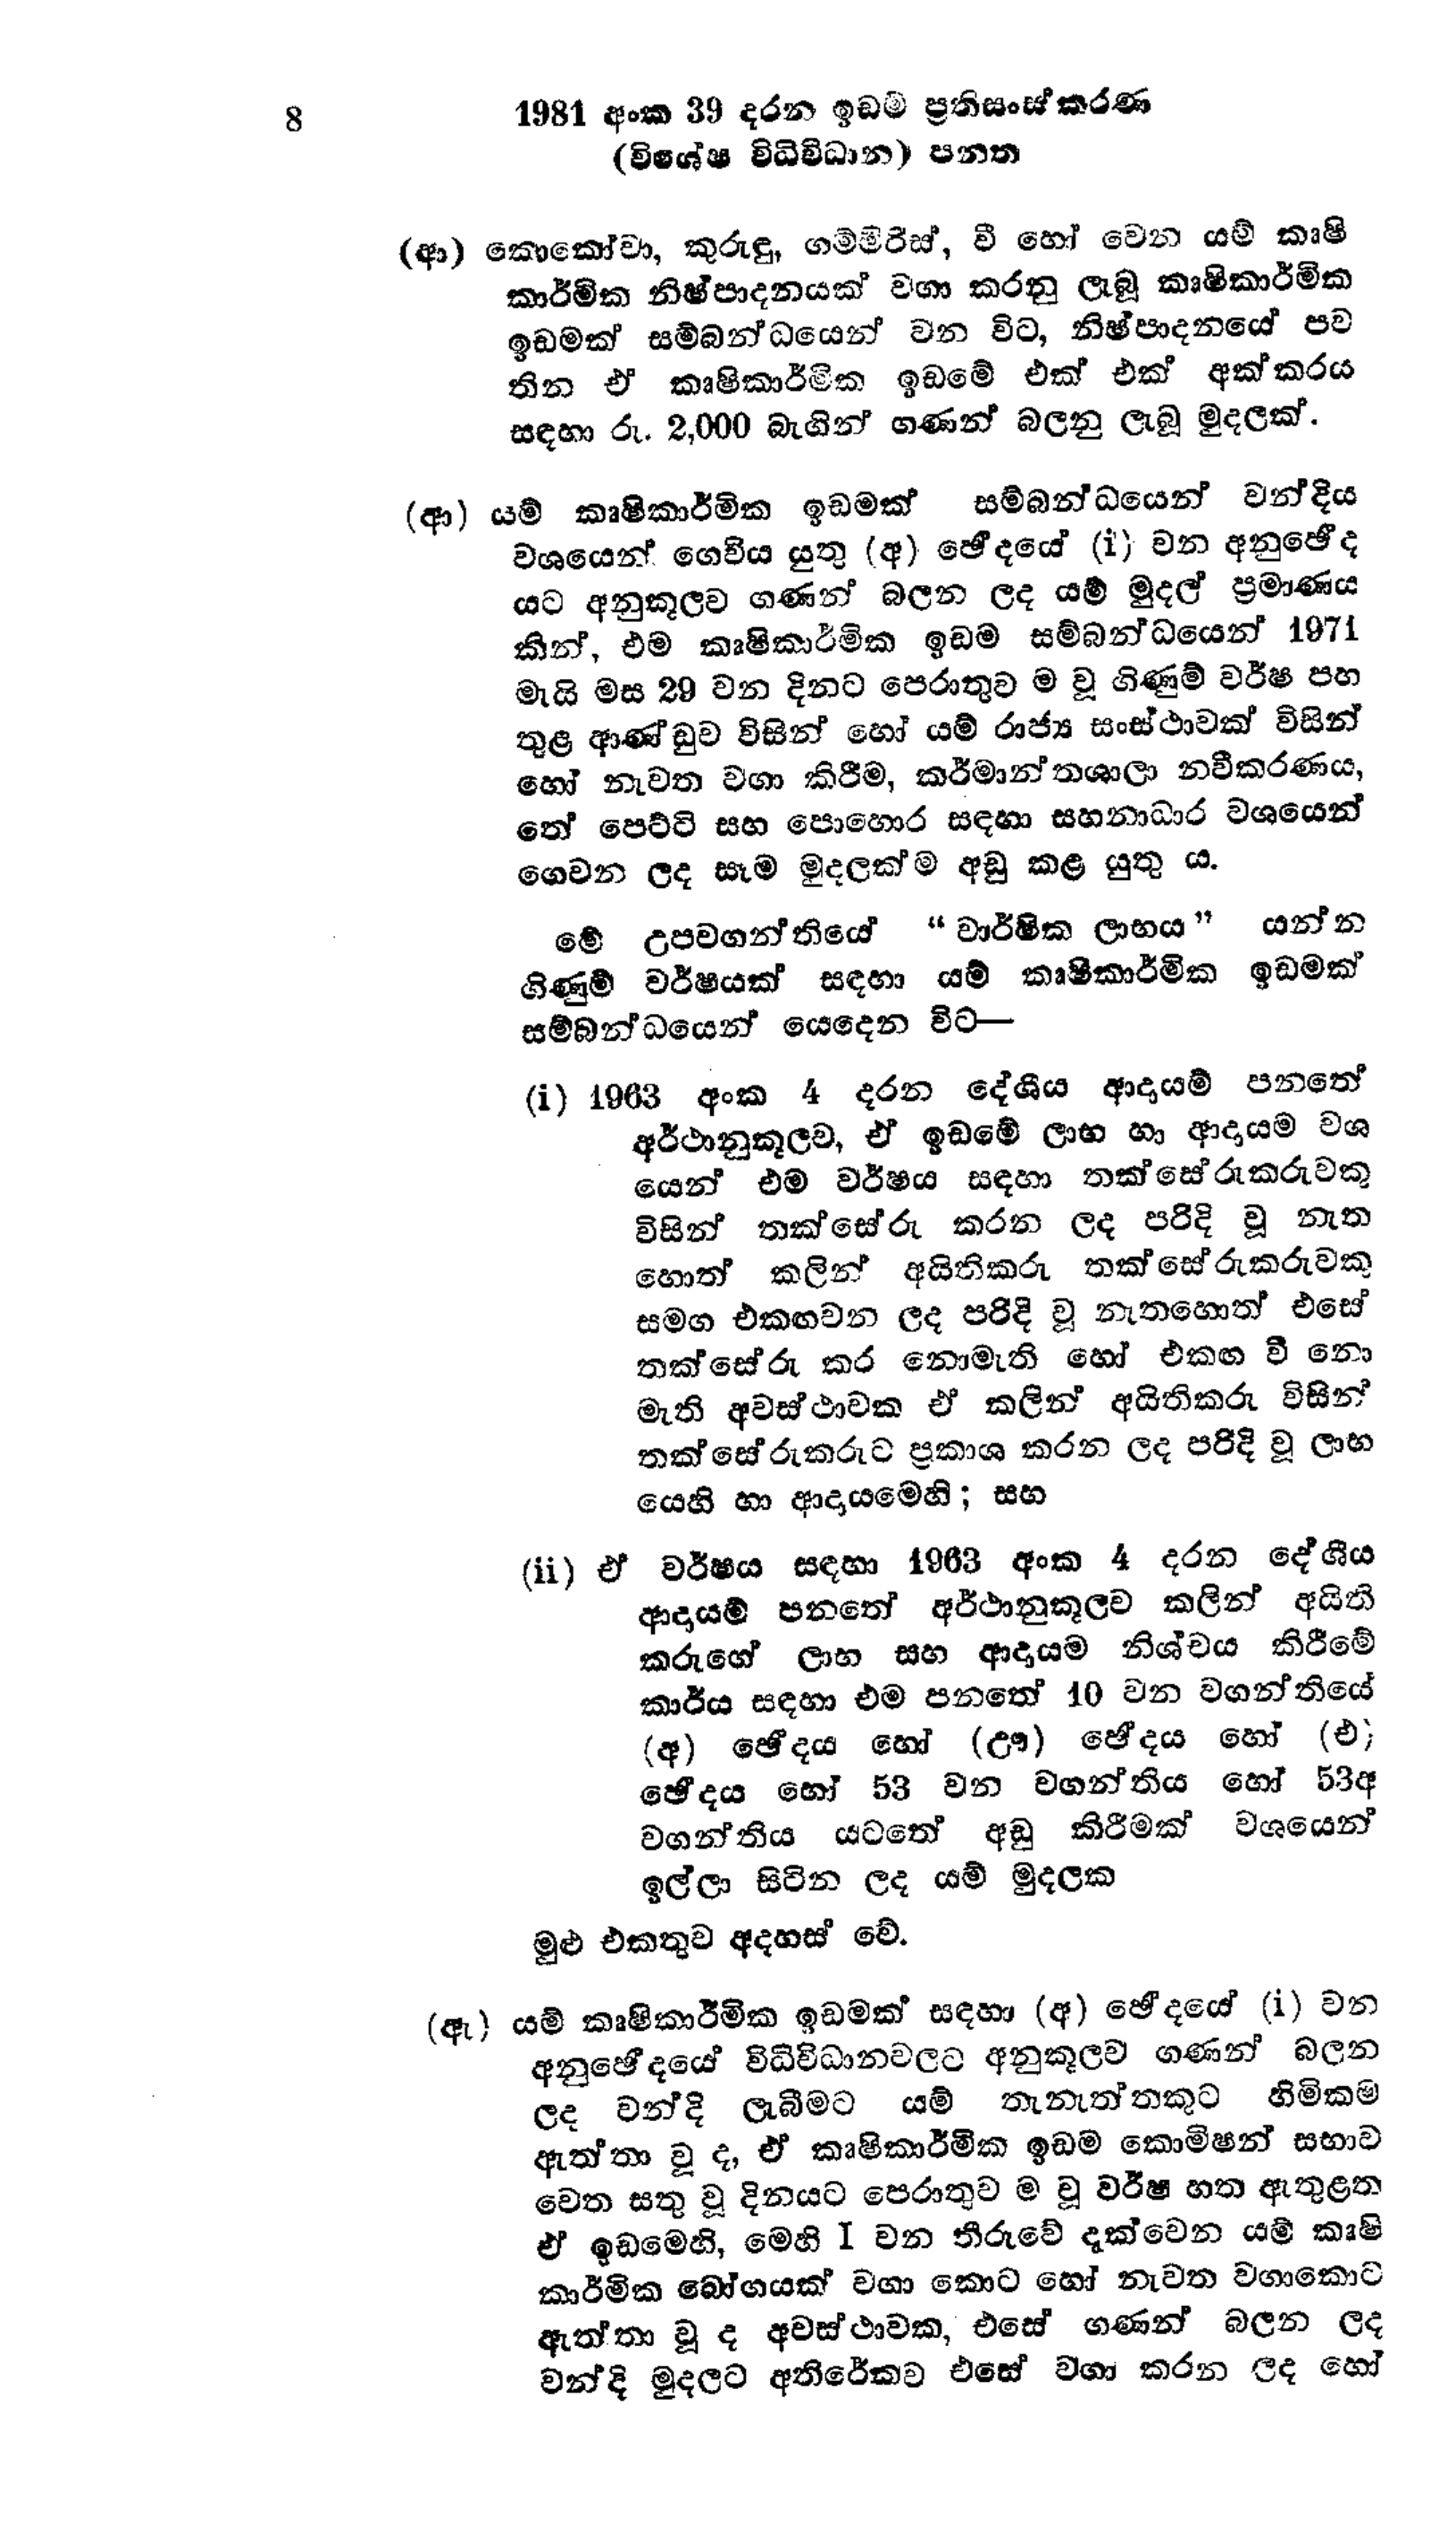
8	1981 අංක 39 දරන ඉඩම් ප්‍රතිසංස්කරණ
(විශේෂ විධිවිධාන) පනත

(ආ) කොකෝවා, කුරුඳු, ගම්මිරිස්, වී හෝ වෙන යම් කෘෂි
කාර්මික නිෂ්පාදනයක් වගා කරනු ලැබූ කෘෂිකාර්මික
ඉඩමක් සම්බන්ධයෙන් වන විට, නිෂ්පාදනයේ පව
තින ඒ කෘෂිකාර්මික ඉඩමේ එක් එක් අක්කරය
සඳහා රු. 2,000 බැගින් ගණන් බලනු ලැබූ මුදලක්.

(ආ) යම් කෘෂිකාර්මික ඉඩමක් සම්බන්ධයෙන් වන්දිය
වශයෙන් ගෙවිය යුතු (අ) ඡේදයේ (i) වන අනුඡේද
යට අනුකූලව ගණන් බලන ලද යම් මුදල් ප්‍රමාණය
කින්, එම කෘෂිකාර්මික ඉඩම සම්බන්ධයෙන් 1971
මැයි මස 29 වන දිනට පෙරාතුව ම වූ ගිණුම් වර්ෂ පහ
තුළ ආණ්ඩුව විසින් හෝ යම් රාජ්‍ය සංස්ථාවක් විසින්
හෝ නැවත වගා කිරීම, කර්මාන්තශාලා නවීකරණය,
තේ පෙට්ටි සහ පොහොර සඳහා සහනාධාර වශයෙන්
ගෙවන ලද සෑම මුදලක්ම අඩු කළ යුතු ය.

මේ උපවගන්තියේ "වාර්ෂික ලාභය" යන්න
ගිණුම් වර්ෂයක් සඳහා යම් කෘෂිකාර්මික ඉඩමක්
සම්බන්ධයෙන් යෙදෙන විට-

(i) 1963 අංක 4 දරන දේශීය ආදායම් පනතේ
අර්ථානුකූලව, ඒ ඉඩමේ ලාභ හා ආදායම වශ
යෙන් එම වර්ෂය සඳහා තක්සේරුකරුවකු
විසින් තක්සේරු කරන ලද පරිදි වූ නැත
හොත් කලින් අයිතිකරු තක්සේරුකරුවකු
සමග එකඟවන ලද පරිදි වූ නැතහොත් එසේ
තක්සේරු කර නොමැති හෝ එකඟ වී නො
මැති අවස්ථාවක ඒ කලින් අයිතිකරු විසින්
තක්සේරුකරුට ප්‍රකාශ කරන ලද පරිදි වූ ලාභ
යෙහි හා ආදායමෙහි; සහ

(ii) ඒ වර්ෂය සඳහා 1963 අංක 4 දරන දේශීය
ආදායම් පනතේ අර්ථානුකූලව කලින් අයිති
කරුගේ ලාභ සහ ආදායම නිශ්චය කිරීමේ
කාර්ය සඳහා එම පනතේ 10 වන වගන්තියේ
(අ) ඡේදය හෝ (ඌ) ඡේදය හෝ (එ)
ඡේදය හෝ 53 වන වගන්තිය හෝ 53අ
වගන්තිය යටතේ අඩු කිරීමක් වශයෙන්
ඉල්ලා සිටින ලද යම් මුදලක
මුළු එකතුව අදහස් වේ.

(ඇ) යම් කෘෂිකාර්මික ඉඩමක් සඳහා (අ) ඡේදයේ (i) වන
අනුඡේදයේ විධිවිධානවලට අනුකූලව ගණන් බලන
ලද වන්දි ලැබීමට යම් තැනැත්තකුට හිමිකම
ඇත්තා වූ ද, ඒ කෘෂිකාර්මික ඉඩම කොමිෂන් සභාව
වෙත සතු වූ දිනයට පෙරාතුව ම වූ වර්ෂ හත ඇතුළත
ඒ ඉඩමෙහි, මෙහි I වන තීරුවේ දැක්වෙන යම් කෘෂි
කාර්මික බෝගයක් වගා කොට හෝ නැවත වගාකොට
ඇත්තා වූ ද අවස්ථාවක, එසේ ගණන් බලන ලද
වන්දි මුදලට අතිරේකව එසේ වගා කරන ලද හෝ